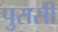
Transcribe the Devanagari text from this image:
पुरासी